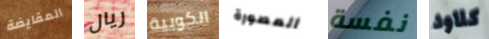
المقايضة ريال الكوبية المصورة نفسة كلاود